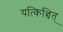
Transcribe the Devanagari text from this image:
यत्किञ्चित्